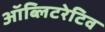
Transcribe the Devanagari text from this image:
ऑब्लिटरेटिव